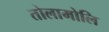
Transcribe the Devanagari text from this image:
तोलामोलि